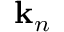
\mathbf { k } _ { n }